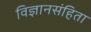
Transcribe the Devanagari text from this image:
विज्ञानसंहिता